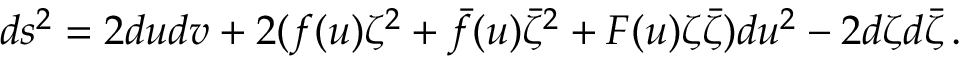
d s ^ { 2 } = 2 d u d v + 2 ( f ( u ) \zeta ^ { 2 } + \bar { f } ( u ) \bar { \zeta } ^ { 2 } + F ( u ) \zeta \bar { \zeta } ) d u ^ { 2 } - 2 d \zeta d \bar { \zeta } \, .